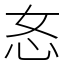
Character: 㣽